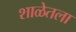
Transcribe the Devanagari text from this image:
शाळेतला